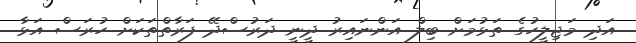
އަދި މަޖިލީހުގެ ތަޅުމަށް ބިލް އަންނައިރު ދީނީ ދަރުސްދޭ ފަރާތްތަކަށް ހުރަސް އަޅާ